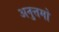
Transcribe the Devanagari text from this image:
अनुत्तमो